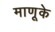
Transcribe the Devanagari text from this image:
माणूके